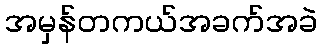
အမှန်တကယ်အခက်အခဲ